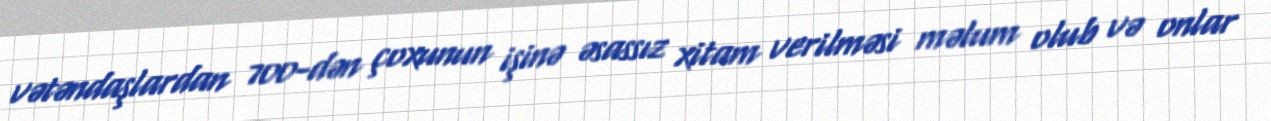
vətəndaşlardan 700-dən çoxunun işinə əsassız xitam verilməsi məlum olub və onlar